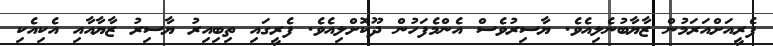
ފެރީއަށްއަރަމުން ޒާޔާބުނެލިއެވެ. ޔާސިރުވެސް އެންމެފަހުން ދޫކޮށްލިއެވެ. ފެރީގައި ތިބިއިރު ޔާސިރު ޒާޔާއާއި އެކިއެކި